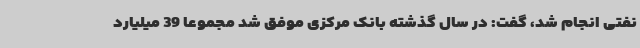
نفتی انجام شد، گفت: در سال گذشته بانک مرکزی موفق شد مجموعاً 39 میلیارد